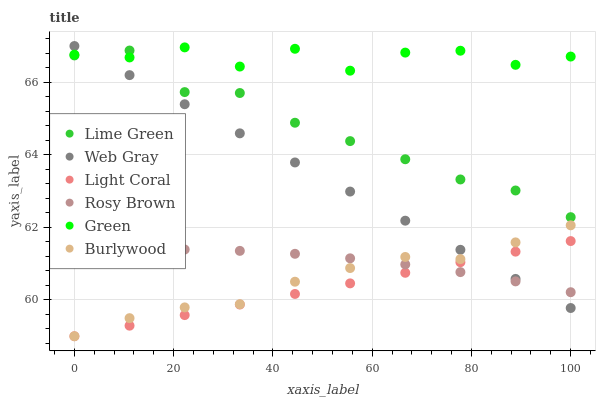
| xaxis_label | Lime Green | Web Gray | Light Coral | Rosy Brown | Green | Burlywood |
 | --- | --- | --- | --- | --- | --- | --- |
 | 0 | 66.7 | 67 | 59 | 61.3 | 66.8 | 59 |
 | 11.1 | 66.9 | 66.2 | 59.3 | 61.4 | 66.7 | 59.5 |
 | 22.2 | 65.7 | 65.4 | 59.6 | 61.4 | 67 | 59.8 |
 | 33.3 | 65.7 | 64.6 | 59.9 | 61.4 | 66.4 | 59.9 |
 | 44.4 | 64.9 | 63.8 | 60.2 | 61.3 | 66.9 | 60.5 |
 | 55.6 | 64.4 | 63 | 60.5 | 61.1 | 66.3 | 60.9 |
 | 66.7 | 63.9 | 62.2 | 60.7 | 61 | 66.8 | 61.2 |
 | 77.8 | 63.3 | 61.4 | 61 | 60.8 | 66.9 | 61.1 |
 | 88.9 | 63 | 60.6 | 61.3 | 60.5 | 66.5 | 61.6 |
 | 100 | 62.3 | 59.8 | 61.6 | 60.2 | 66.7 | 62.1 |